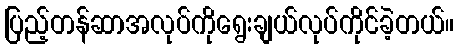
ပြည့်တန်ဆာအလုပ်ကိုရွေးချယ်လုပ်ကိုင်ခဲ့တယ်။